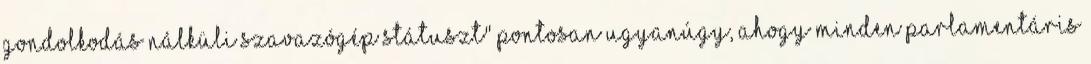
gondolkodás nálküli szavazógép státuszt" Pontosan ugyanúgy, ahogy minden parlamentáris